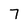
Character: 7